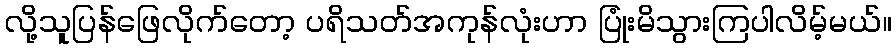
လို့သူပြန်ဖြေလိုက်တော့ ပရိသတ်အကုန်လုံးဟာ ပြုံးမိသွားကြပါလိမ့်မယ်။